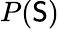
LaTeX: P(\mathsf{S})